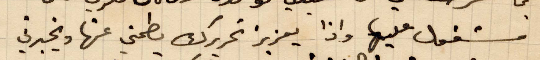
مشغول عليها وإذا يعزز تحريرك يطمنب عنها ويخبرني